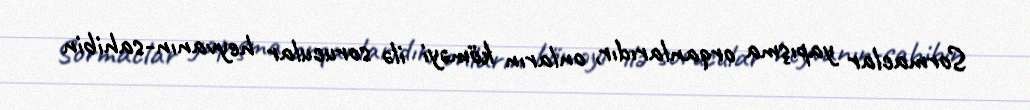
Sormaclar yapışma orqanlarıdır, onların köməyi ilə sorucular heyvanın-sahibin